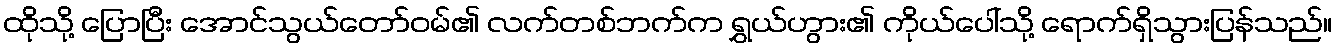
ထိုသို့ ပြောပြီး အောင်သွယ်တော်ဝမ်၏ လက်တစ်ဘက်က ရွှယ်ဟွား၏ ကိုယ်ပေါ်သို့ ရောက်ရှိသွားပြန်သည်။